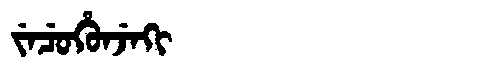
Manchu: ᠵᡝᠴᡠᡥᡠᠨᠵᡝᡴᡳ
Romanization: JECUHUNJEKI